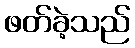
ဖတ်ခဲ့သည်